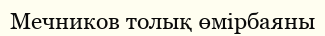
Мечников толық өмірбаяны